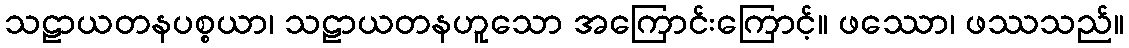
သဠာယတနပစ္စယာ၊ သဠာယတနဟူသော အကြောင်းကြောင့်။ ဖဿော၊ ဖဿသည်။